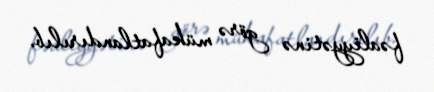
fəaliyyətinə görə mükafatlandırılıb.